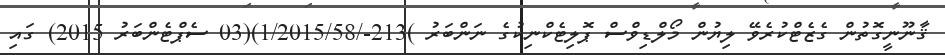
ޤާނޫނީގޮތުން ގެޒެޓްކުރެވޭ ލިޔުން މޯލްޑިވްސް ޕޮލިޓެކްނިކުގެ ނަންބަރު )213-/1/2015/58)(03 ސެޕްޓެންބަރު 2015) ގައި